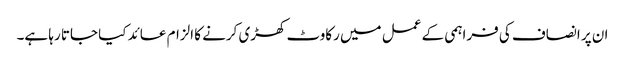
ان پر انصاف کی فراہمی کے عمل میں رکاوٹ کھڑی کرنے کا الزام عائد کیا جاتا رہا ہے۔